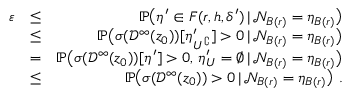
\begin{array} { r l r } { \varepsilon } & { \leq } & { { \mathbb P } \big ( \eta ^ { \prime } \in F ( r , h , \delta ^ { \prime } ) \, | \, { \mathcal { N } } _ { B ( r ) } = \eta _ { B ( r ) } \big ) } \\ & { \leq } & { { \mathbb P } \big ( \sigma ( \mathcal { D } ^ { \infty } ( z _ { 0 } ) ) [ \eta _ { U ^ { \complement } } ^ { \prime } ] > 0 \, | \, { \mathcal { N } } _ { B ( r ) } = \eta _ { B ( r ) } \big ) } \\ & { = } & { { \mathbb P } \big ( \sigma ( \mathcal { D } ^ { \infty } ( z _ { 0 } ) ) [ \eta ^ { \prime } ] > 0 , \, \eta _ { U } ^ { \prime } = \emptyset \, | \, { \mathcal { N } } _ { B ( r ) } = \eta _ { B ( r ) } \big ) } \\ & { \leq } & { { \mathbb P } \big ( \sigma ( \mathcal { D } ^ { \infty } ( z _ { 0 } ) ) > 0 \, | \, { \mathcal { N } } _ { B ( r ) } = \eta _ { B ( r ) } \big ) ~ . } \end{array}